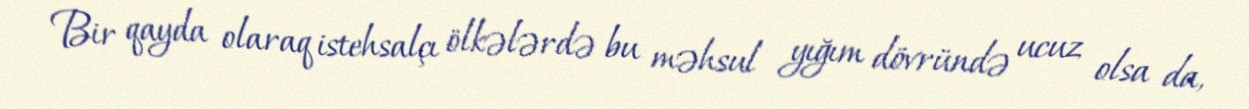
Bir qayda olaraq istehsalçı ölkələrdə bu məhsul yığım dövründə ucuz olsa da,